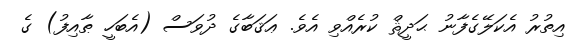
އިތުރު އެކަލޭގެފާނު ޙަދީޘް ކުރެއްވި އެވެ. ޢަޤަބާގެ ދުވަސް (އެބަހީ ޠާއިފު) ގެ